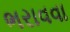
ભરાવવા